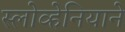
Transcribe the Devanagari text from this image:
स्लोव्हेनियाने